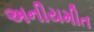
અનીયમીત